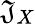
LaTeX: \mathfrak{J}_{X}